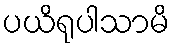
ပယိရုပါသာမိ